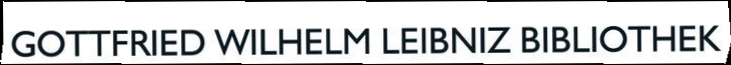
GOTTFRIED WILHELM LEIBNIZ BIBLIOTHEK